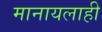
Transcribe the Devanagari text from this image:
मानायलाही